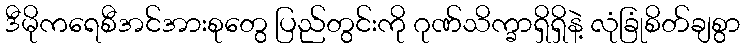
ဒီမိုကရေစီအင်အားစုတွေ ပြည်တွင်းကို ဂုဏ်သိက္ခာရှိရှိနဲ့ လုံခြုံစိတ်ချစွာ